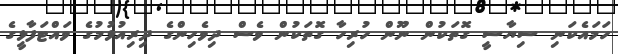
ހަމައެކަނި ސިޔާސީ ގޮތަކުން ނޫން ހުރިހާ ގޮތަކުން ވެސް ދިވެހިންގެ ދިރިއުޅުމުގެ ވައްޓަފާޅީގެ